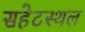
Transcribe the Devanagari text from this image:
सहेटस्थल